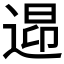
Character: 𲅠